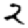
Digit: 2